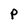
Character: p